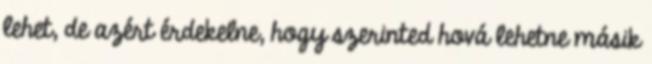
lehet, de azért érdekelne, hogy szerinted hová lehetne másik